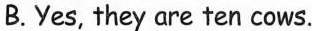
B.Yes, they are ten cows.